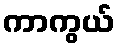
ကာကွယ်